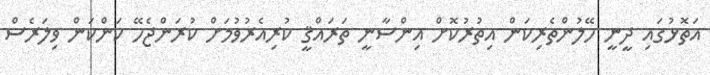
އަތޮޅުގައި ދީނީ ހޭލުންތެރިކަން އިތުރުކޮށް އިންސާނީ ތަރައްޤީ ކުރިއެރުވުމަށް ކުރަންޖެހޭ ކަންކަން ވިލަރެސް